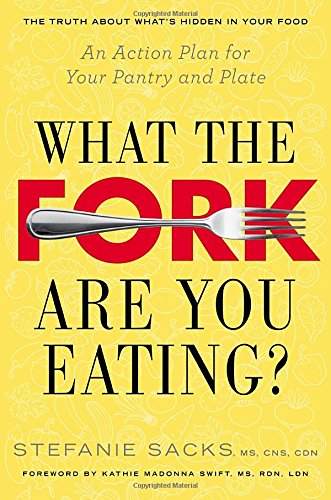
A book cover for What the Fork Are You Eating?: An Action Plan for Your Pantry and Plate; Stefanie Sacks; Health, Fitness & Dieting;